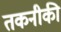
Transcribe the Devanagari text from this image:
तकनीकी